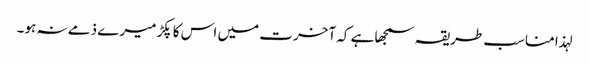
لہذا مناسب طریقہ سمجھا ہے کہ آخرت میں اس کا پکڑ میرے ذمے نہ ہو۔